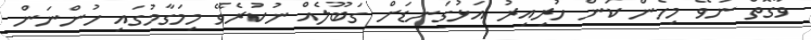
ވާގޮތް ނުވޭ މިހެން ކަން ހުރިއިރު އަޅުގަނޑަށް ގަބޫލެއް ނުކުރެވޭ މިމަގާމުގައި ހުންނަން